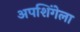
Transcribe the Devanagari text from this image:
अपशिंगेला